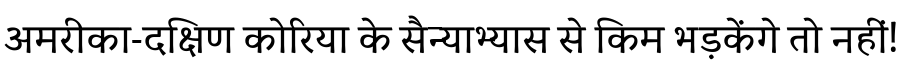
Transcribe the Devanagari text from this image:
अमरीका-दक्षिण कोरिया के सैन्याभ्यास से किम भड़केंगे तो नहीं!